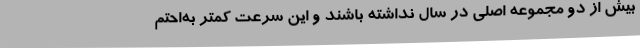
بیش از دو مجموعه اصلی در سال نداشته باشند و این سرعت کمتر به‌احتم